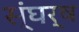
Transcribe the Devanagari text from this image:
स्ंघर्ष